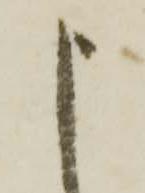
申